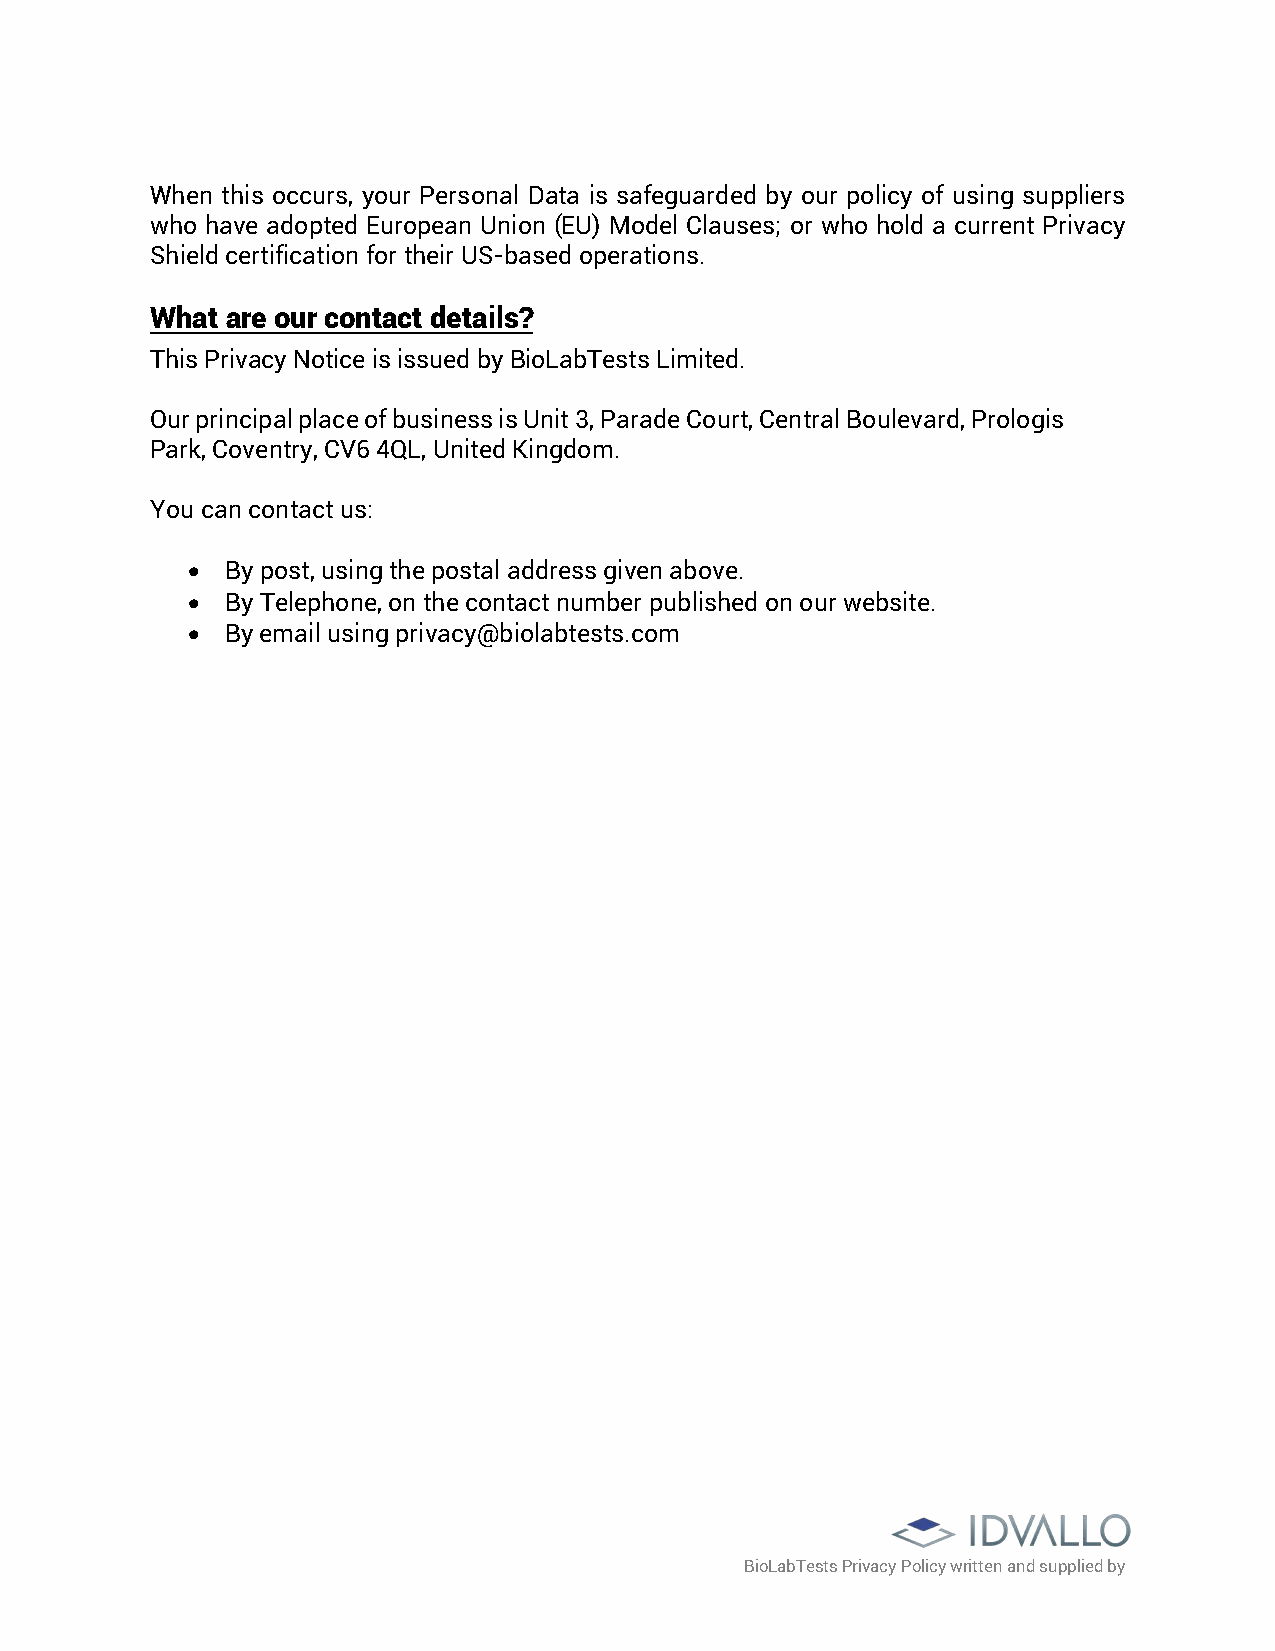
When this occurs, your Personal Data is safeguarded by our policy of using suppliers
 who have adopted European Union (EU) Model Clauses; or who hold a current Privacy
 Shield certification for their US-based operations.
 What are our contact details?
 This Privacy Notice is issued by BioLabTests Limited.
 Our principal place of business is Unit 3, Parade Court, Central Boulevard, Prologis
 Park, Coventry, CV6 4QL, United Kingdom.
 You can contact us:
 •  By post, using the postal address given above.
 •  By Telephone, on the contact number published on our website.
 •  By email using privacy@biolabtests.com
 BioLabTests Privacy Policy written and supplied by